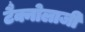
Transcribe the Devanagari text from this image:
टैक्नोलाजी